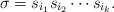
\begin{align*} \sigma = s_{i_1} s_{i_2} \dotsm s_{i_k}.\end{align*}